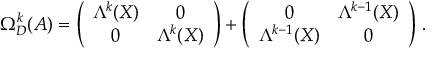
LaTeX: \Omega _ { D } ^ { k } ( { \cal A } ) = \left( \begin{array} { c c } { { \Lambda ^ { k } ( X ) } } & { { 0 } } \\ { { 0 } } & { { \Lambda ^ { k } ( X ) } } \end{array} \right) + \left( \begin{array} { c c } { { 0 } } & { { \Lambda ^ { k - 1 } ( X ) } } \\ { { \Lambda ^ { k - 1 } ( X ) } } & { { 0 } } \end{array} \right) \, .